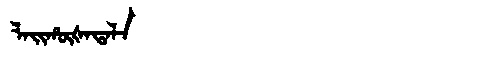
Manchu: ᠯᠠᡳᡥᡡᡧᠠᡨᠠᠯᠠ
Romanization: LAIHŪŠATALA